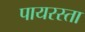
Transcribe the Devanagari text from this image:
पायरस्ता